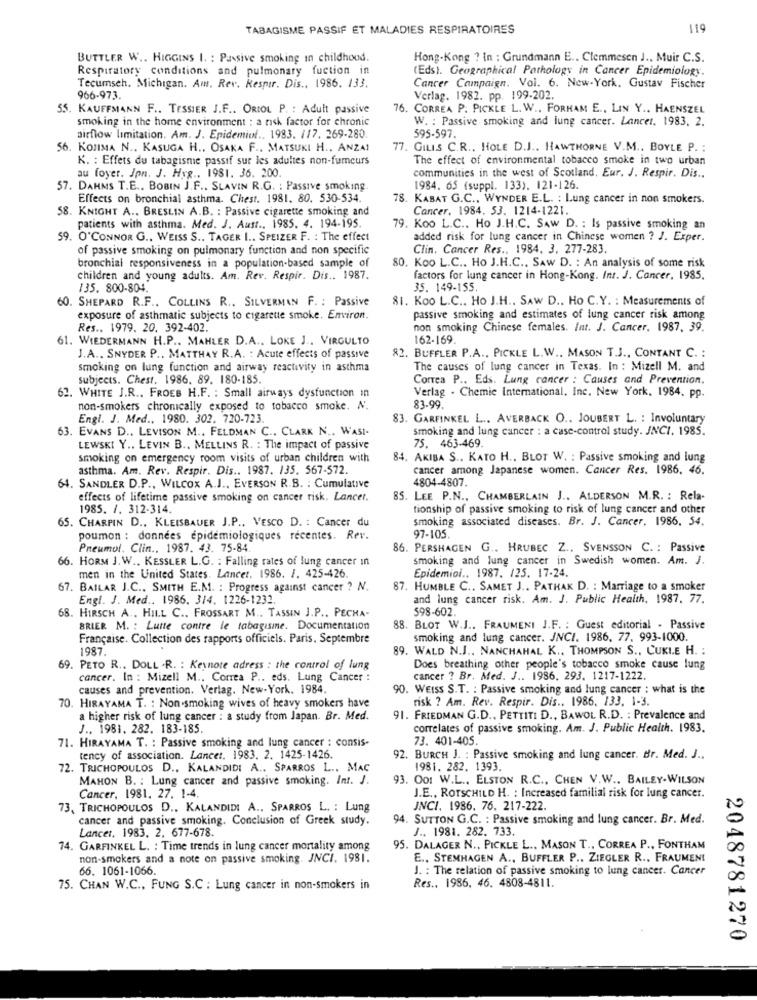
TABAGISME PASSIF ET MALADIES RESPIRATOIRES
119
BUTTLER W .. HIGGINS I. : Passive smoking in childhood.
Hong-Kong ? In : Grundmann E .. Clemmesen J ., Muir C.S.
Respiratory conditions and pulmonary fuction in
(Eds). Geographical Pathology in Cancer Epidemiology.
Tecumseh. Michigan. Am. Rev. Respir. Dis .. 1986. 133.
Cancer Campaign. Vol. 6. New-York. Gustav Fischer
966-973.
Verlag. 1982. pp. 199-202.
55. KAUFFMANN F .. TESSIER J.F .. ORIOL P. : Adult passive
76. CORREA P. PICKLE L. W .. FORHAM E ., LIN Y .. HAENSZEL
smoking in the home environment : a risk factor for chronic
W. : Passive smoking and lung cancer. Lancet. 1983. 2.
airflow limitation. Am. J. Epidemiol .. 1983. 117. 269-280.
595-597.
56. KOJIMA N ., KASUGA H .. OSAKA F .. MATSUKI H ., ANZA!
77. GILIS C.R ., HOLE D.J .. HAWTHORNE V.M. BOYLE P. :
K. : Effets du tabagisme passif sur les adultes non-fumeurs
The effect of environmental tobacco smoke in two urban
au foyer. Jpn. J. Hyg ., 1981. 36. 200.
communities in the west of Scotland, Eur. J. Respir. Dis ..
57. DAHMS T.E .. BOBIN J.F .. SLAVIN R.G. : Passive smoking.
1984. 65 (suppl. 133). 121-126.
Effects on bronchial asthma. Chest. 1981. 80. 530-534.
78. KABAT G.C ., WYNDER E.L. : Lung cancer in non smokers.
58. KNIGHT A .. BRESLIN A.B. : Passive cigarette smoking and
Cancer. 1984. 53. 1214-1221.
patients with asthma. Med. J. Auft ., 1985. 4. 194-195.
79. Koo L.C .. Ho J.H.C. SAW D. : Is passive smoking an
59. O'CONNOR G .. WEISS S .. TAGER I .. SPEIZER F. : The effect
added risk for lung cancer in Chinese women ? J. Exper.
of passive smoking on pulmonary function and non specific
Clin. Cancer Res ., 1984. 3. 277-283.
bronchial responsiveness in a population-based sample of
80. Koo L.C .. Ho J.H.C ., SAW D. : An analysis of some risk
children and young adults. Am. Rev. Respir. Dis .. 1987.
factors for lung cancer in Hong-Kong. Int. J. Cancer. 1985.
/35. 800-804.
35. 149-155
60. SHEPARD R.F .. COLLINS R .. SILVERMAN F. : Passive
81. Koo L.C .. Ho J.H ., SAW D .. Ho C.Y. : Measurements of
exposure of asthmatic subjects to cigarette smoke. Environ.
passive smoking and estimates of lung cancer risk among
Res .. 1979. 20. 392-402.
non smoking Chinese females. Int. J. Cancer, 1987. 39.
61. WIEDERMANN H.P .. MAHLER D.A .. LOKE J ., VIRGULTO
162-169.
J.A ., SNYDER P .. MATTHAY R.A. : Acute effects of passive
82. BUFFLER P.A ., PICKLE L.W .. MASON T.J ., CONTANT C. :
smoking on lung function and airway reactivity in asthma
The causes of lung cancer in Texas. In : Mizell M. and
subjects. Chest. 1986. 89. 180-185.
Correa P .. Eds. Lung cancer : Causes and Prevention.
Verlag - Chemie International, Inc. New York, 1984, pp.
62. WHITE J.R ., FROEB H.F. : Small airways dysfunction in
non-smokers chronically exposed to tobacco smoke. N.
83-99.
Engl. J. Med ., 1980. 302. 720-723.
83. GARFINKEL L .. AVERBACK O .. JOUBERT L. : Involuntary
63. EVANS D ., LEVISON M .. FELDMAN C .. CLARK N .. WASI.
smoking and lung cancer : a case-control study. JNCI. 1985.
LEWSKI Y .. LEVIN B ., MELLINS R. : The impact of passive
75. 463-469.
smoking on emergency room visits of urban children with
84. AKIBA S .. KATO H ., BLOT W. : Passive smoking and lung
asthma. Am. Rev. Respir. Dis .. 1987. 135. 567-572.
cancer among Japanese women. Cancer Res. 1986. 46.
4804-4807.
64. SANDLER D.P ., WILCOX A.J ., EVERSON R.B. : Cumulative
effects of lifetime passive smoking on cancer risk. Lancet.
85. LEE P.N ., CHAMBERLAIN J .. ALDERSON M.R. : Rela-
1985. 1. 312-314.
tionship of passive smoking to risk of lung cancer and other
65. CHARPIN D ., KLEISBAUER J.P .. VESCO D. : Cancer du
smoking associated diseases. Br. J. Cancer. 1986. 54.
poumon : données epidemiologiques récentes. Rev.
97-105.
Pneumol. Clim .. 1987. 43. 75-84
86. PERSHAGEN G .. HRUBEC Z .. SVENSSON C. : Passive
66. HORM J. W ., KESSLER L.G. : Falling rates of lung cancer in
smoking and lung cancer in Swedish women. Am. J.
Epidemiol .. 1987. 125. 17-24.
men in the United States. Lancet. 1986. /. 425-426
67. BAILAR J.C ., SMITH E.M. : Progress against cancer ? N.
87. HUMBLE C .. SAMET J .. PATHAK D. : Marriage to a smoker
Engl. J. Med .. 1986. 314. 1226-1232.
and lung cancer risk. Am. J. Public Health, 1987. 77.
598-602.
68. HIRSCH A ., HILL C .. FROSSART M .. TASSIN J.P ., PECHA-
BRIER M. : Lutte contre le tabagisme. Documentation
88. BLOT W.J .. FRAUMENI J.F. : Guest editorial . Passive
Française. Collection des rapports officiels. Paris. Septembre
smoking and lung cancer. JNCI. 1986, 77. 993-1000.
1987.
89. WALD N.J ., NANCHAHAL K .. THOMPSON S ., CUKIE H. :
69. PETO R .. DOLL .R. : Keynote adress : the control of lung
Does breathing other people's tobacco smoke cause lung
cancer. In : Mizell M .. Correa P .. eds. Lung Cancer :
cancer ? Br. Med. J .. 1986. 293. 1217-1222.
causes and prevention. Verlag. New-York. 1984.
90. WEISS S.T. : Passive smoking and lung cancer : what is the
risk ? Am. Rev. Respir. Dis .. 1986, 133, 1-3.
70. HIRAYAMA T. : Non-smoking wives of heavy smokers have
a higher risk of lung cancer : a study from Japan. Br. Med.
91. FRIEDMAN G.D ., PETTITI D ., BAWOL R.D. : Prevalence and
J ., 1981. 282. 183-185
correlates of passive smoking. Am. J. Public Health. 1983.
71. HIRAYAMA T. : Passive smoking and lung cancer : consis-
73. 401-405
tency of association. Lancet, 1983. 2. 1425-1426.
92. BURCH J. : Passive smoking and lung cancer. Br. Med. J .,
72. TRICHOPOULOS D ., KALANDIDI A .. SPARROS L .. MAC
1981. 282. 1393.
MAHON B. : Lung cancer and passive smoking. Int. J.
93. Oo: W.L ., ELSTON R.C ., CHEN V.W .. BAILEY-WILSON
Cancer, 1981, 27. 1-4.
J.E ., ROTSCHILD H. : Increased familial risk for lung cancer.
73, TRICHOPOULOS D ., KALANDIDI A ., SPARROS L. : Lung
JNCI, 1986. 76. 217-222.
cancer and passive smoking. Conclusion of Greek study.
94. SUTTON G.C. : Passive smoking and lung cancer. Br. Med.
Lancer. 1983, 2, 677-678.
J .. 1981. 282. 733.
74. GARFINKEL L. : Time trends in lung cancer mortality among
95. DALAGER N ., PICKLE L .. MASON T ., CORREA P ., FONTHAM
non-smokers and a note on passive smoking. JNCI. 1981.
E ., STEMHAGEN A ., BUFFLER P ., ZIEGLER R ., FRAUMENI
66. 1061-1066.
J. : The relation of passive smoking to lung cancer. Cancer
75. CHAN W.C ., FUNG S.C : Lung cancer in non-smokers in
Res .. 1986, 46. 4808-4811.
2048781270